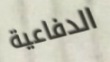
الدفاعية